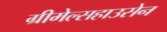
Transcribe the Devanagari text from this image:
ग्रीमेल्सहाउसेन